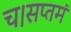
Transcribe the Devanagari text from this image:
च।सप्तमं